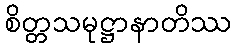
စိတ္တသမုဋ္ဌာနာတိဿ